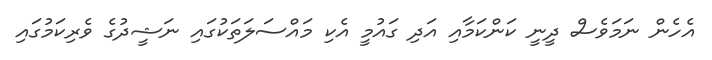
އެހެން ނަމަވެސް ދީނީ ކަންކަމާއި އަދި ގައުމީ އެކި މައްސަލަތަކުގައި ނަޝީދުގެ ވެރިކަމުގައި